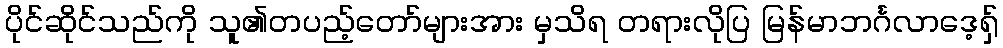
ပိုင်ဆိုင်သည်ကို သူ၏တပည့်တော်များအား မှသိရ တရားလိုပြ မြန်မာဘင်္ဂလာဒေ့ရှ်